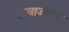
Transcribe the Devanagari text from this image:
दरवाज्यांचा